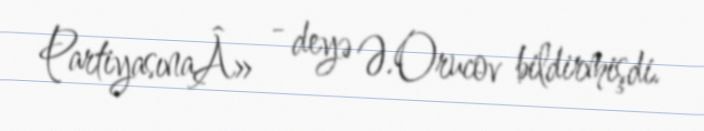
PartiyasınaÂ» - deyə Ə.Orucov bildirmişdi.